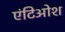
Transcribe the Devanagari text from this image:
एंटिओश